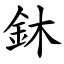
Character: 鈢